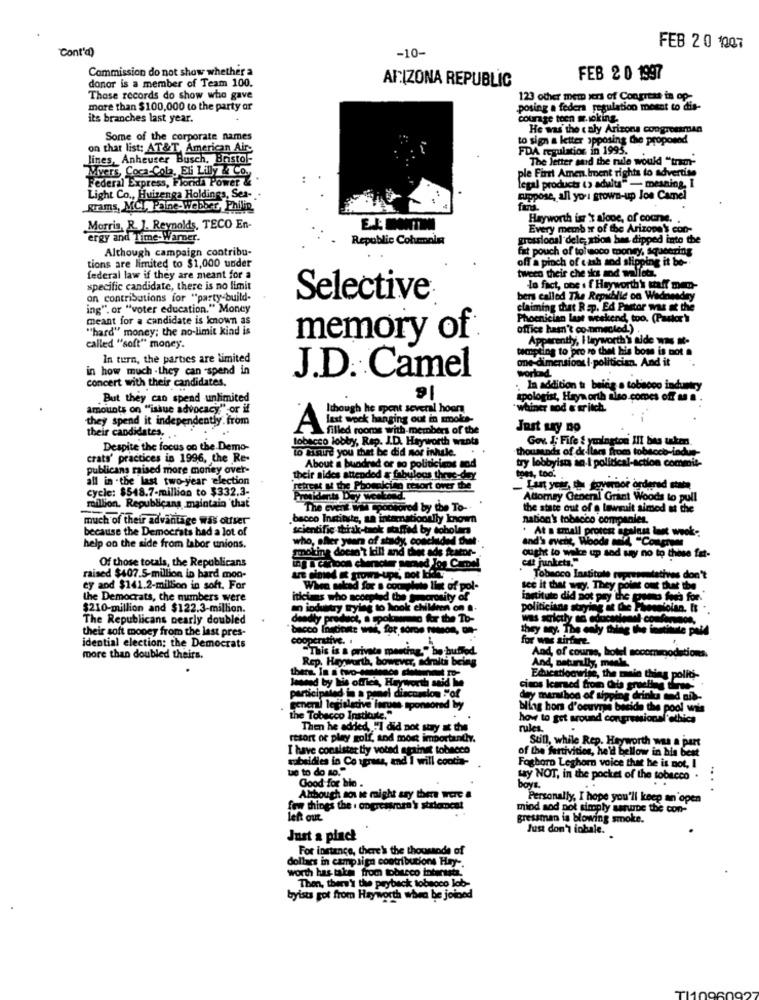
Cont'd)
-10-
FEB 20 1007
Commission do not show whether a
donor is a member of Team 100.
ARIZONA REPUBLIC
FEB 2 0 1997
Those records do show who gave
123 other mem xers of Congress is op-
more than $100,000 to the party or
posing a federa regulation meant to dis-
its branches last year.
courage toen m.woking.
He was the c aly Arizona congressman
Some of the corporate names
to sign a letter opposing Chie proposed
on that list: AT&T, American Air-
FDA regulation in 1995.
lines, Anheuser Busch, Bristol-
The letter said the rule would "tram-
Myers, Coca-Cola, Eli Lilly Co.
ple First Amen. Iment rights to advertise
Federal Express, Florida Power .
legal products (> adults" - meaning, I
Light Co ., Huizenga Holdings, Ses-
Cippose, all you grown-up Jon Camel
grams, MCL, Paine-Webber, Philip,
Hayworth is 't alone, of comme. .
Morris, R. J. Reynolds, TECO En-
Every memb or of the Arizona's con-
ergy and Time-Warner.
Republic Columnin
grossional dele, ation bes dipped into the
Although campaign contribu-
fat pouch of tofuoco money, squeering
tions are limited to $1,000 under
off a pinch of cash sod slipping it b
tweed their che sks and wallet
federal law if they are meant for a
specific candidate, there is no limit
Lo fact, one . f Hayworth's chaff mem-
an contributions for "party build-
Selective
bers called The Republic on Wednesday
ing", or "voter education." Money
claiming that Rap. Ed Pastor was at the
meant for a candidate is known as
Phoenician last weekend, too. (Paskr')
"hard" money; the no-limit kind is
office ham't cp.nmealed.) .
memory of
Apparently, I layworth's aide was K-
called "soft" money.
tempting to pro ro thet his boss is not a
In turn, the parties are limited
one-dimensions I. politician, And it
in how much .they can -spend in
world
concert with their candidates.
J.D. Camel
. In addition t: being a tobacco industry
But they can spend unlimited
apologist, Haya orth also comes off & a
amounts on "issue advocacy" or if
Ithough he spent several hours
"whiner nod & sritch
they spend it independently.from
A ist wock hanging out in smoke-
filled rooms with members of the
Just Ly no
their candidates. ..
tobacco lobby, Rep. J.D. Hayworth wants
Gov. J. Fife & ymington III bes taken.
Despite the focus on the Demo-
To amire you that he did mor inhale. .
thousands of dellaes froms
crats' practices in 1996, the Re-
try lobbyists an-I political-action commie-
publicans maised more money over-
About a bundred or so politicians sod
all in .the last two-year election
their aides attended a fabulous three-day
toes, too.
cycle: $548.7-million to $332.3-
retrest & the Phomalcing resort over the
- Lant your, the governor ordered stata
oidents Day weekend
Attomay General Grant Woods to pull
million. Republicans maintain that
The event Will pontored by the To-
the state out of @ lowruit aimed at the
much of their advantage was outser
.bacco Institute, an internationally known
nation's tobacco companies.
because the Democrats had a lot of
scientific ttak-taok staffed by tobolen
At a small protest against last week.
who, sher year of stady, concluded dumt
and's event, Woode meff, "Courses
help on the side from labor unions.
who, sher y
smoking doesn't kill and the ads fator-
Of those totals, the Republicans
ought to wake up sod say no to these fat-
cut junkets."
ing a cartoon character semed los CamDel
raised $407.5-million in bard moo-
LE ciowed It grows-ups, not LET
Tobacco Institute representatives don't
ey aod $141.2-million in soft, For
When sokad for a complete list of pol-
see it that wayy. They point out that the
the Democrats, the numbers were
iticias who accepted the twocronity of
institute did not pry the poems fous for.
$210-million and $122.3-million.
ok children on a.
politicians staying at Chee Phone
The Republicans nearly doubled
deadly
Probot a pokanno for the To-
w.com
their soft money from the last pres-
cooperative. :
for was airfare.
idential election; the Democrats
"This is a private meeting." ho buffod.
more than doubled theirs.
Rep. Hayworth, however, admiti being
And, of course, hotel socom godations.
And, naturally, meel.
Jewed by his office, Hayworth said Me
Edwestloowise, the main thing politi-
participated in a prael discomion "of
cinos Icared froin Cra gruel
ty marathon of sipping drink
general legislative lerums sponsored by
bling hors d'oeuvres beside the pool wis
the Tobacco Institute."
how to get around congressional ethics
Then he added, ""I did not stry at the
rules.
resort of play golf, and most importantly.
Sunl, while Rep. Hayworth was a part
I have consister tly voted against tobacco
ruabeidies in Co terase, and I will cootie-
of the furtivition, he'd bellow in his best
ue to do so."
Foghoro Leghorn voice that he is not, I
Good for bio .
wy NOT, in the pocket of the tobacco .
boys.
Although sou te might ary there were a
Personally, I hope you'll keep an open
few things the . ongressmm's stricocet
mind sod not simply sanube the con-
left out
gressman is blowing smoke.
Just don't inbale.
Just a pinch
For instance, there's the thousands of
dollars in campaign contributions Hay-
worth has taken from tobacco interests.
Then, there's the payback tobacco lob-
byists got from Hayworth when be joined